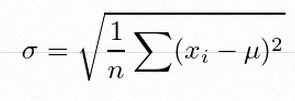
\sigma=\sqrt{\frac1n\sum(x_i-\mu)^2}